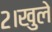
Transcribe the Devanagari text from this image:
२।खुले